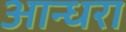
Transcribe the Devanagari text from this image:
आन्धरा